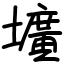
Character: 壙